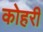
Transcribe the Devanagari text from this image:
कोहरी